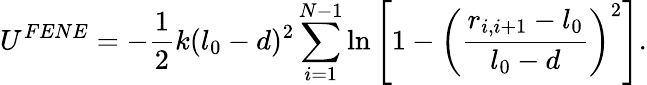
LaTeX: U^{FENE}=-\frac{1}{2}k(l_{0}-d)^{2}\sum_{i=1}^{N-1}\ln\left[{1-\left(\frac{r_{i,i+1}-l_{0}}{l_{0}-d}\right)^{2}}\right].